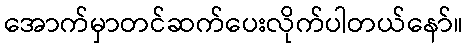
အောက်မှာတင်ဆက်ပေးလိုက်ပါတယ်နော်။